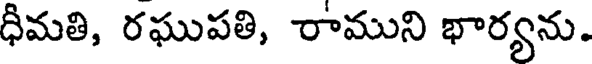
ధీమతి, రఘుపతి, రాముని భార్యను.